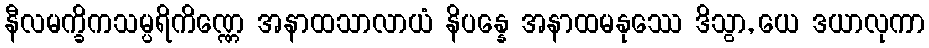
နီလမက္ခိကသမ္ပရိကိဏ္ဏေ အနာထသာလာယံ နိပန္နေ အနာထမနုဿေ ဒိသွာ, ယေ ဒယာလုကာ